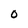
Character: 0